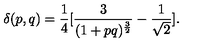
\delta ( p , q ) = { \frac { 1 } { 4 } } [ { \frac { 3 } { ( 1 + p q ) ^ { \frac { 3 } { 2 } } } } - { \frac { 1 } { \sqrt 2 } } ] .